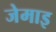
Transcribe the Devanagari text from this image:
जेमाइ